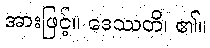
အားဖြင့်။ ဒေဿတိ၊ ၏။